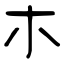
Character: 朩